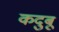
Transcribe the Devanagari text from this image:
कदुबू